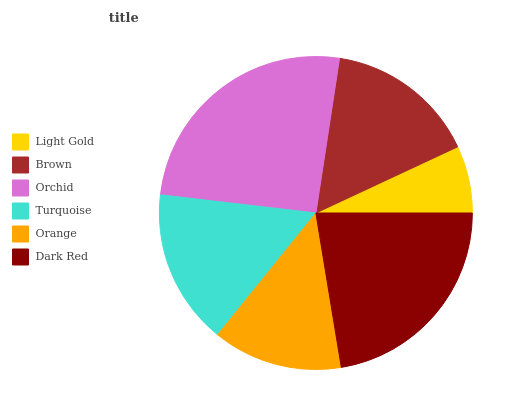
| Light Gold | Brown | Orchid | Turquoise | Orange | Dark Red |
 | --- | --- | --- | --- | --- | --- |
 | 6.95% | 15.6% | 25.6% | 16.1% | 13.4% | 22.4% |